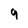
Character: 9